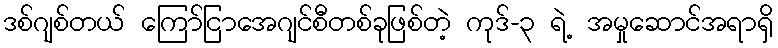
ဒစ်ဂျစ်တယ် ကြော်ငြာအေဂျင်စီတစ်ခုဖြစ်တဲ့ ကုဒ်-၃ ရဲ့ အမှုဆောင်အရာရှိ